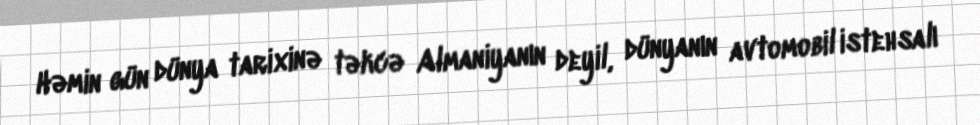
Həmin gün dünya tarixinə təkcə Almaniyanın deyil, dünyanın avtomobil istehsalı